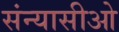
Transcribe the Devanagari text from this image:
संन्यासीओ